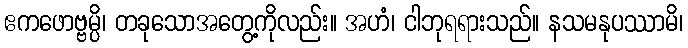
ဧကဖောဗ္ဗမ္ပိ၊ တခုသောအတွေ့ကိုလည်း။ အဟံ၊ ငါဘုရရားသည်။ နသမနုပဿာမိ၊